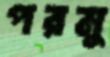
পরমু